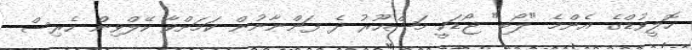
ހޮލީވުޑްގެ އެންމެ "ލޯބި" ޖޯޑަކީ މަޝްހޫރު ދެ ފަންނާނުން ކަމަށްވާ ކޭލްވިން ހެރިސް